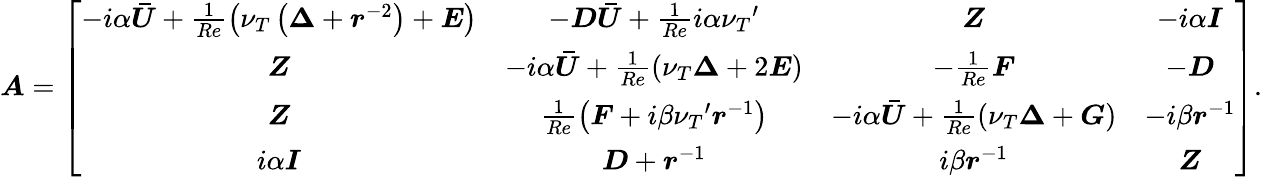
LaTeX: \boldsymbol{A}=\left[\begin{array}{cccc}{-i\alpha\boldsymbol{\bar{U}}+\frac{1}{Re}{\left(\nu_{T}\left(\boldsymbol{\Delta}+\boldsymbol{r}^{-2}\right)+\boldsymbol{E}\right)}}&{-\boldsymbol{D}\boldsymbol{\bar{U}}+\frac{1}{Re}{i\alpha{\nu_{T}}^{\prime}}}&{\boldsymbol{Z}}&{-i\alpha\boldsymbol{I}}\\ {\boldsymbol{Z}}&{-i\alpha\boldsymbol{\bar{U}}+\frac{1}{Re}{\left({\nu_{T}\boldsymbol{\Delta}}+{2\boldsymbol{E}}\right)}}&{-{\frac{1}{Re}\boldsymbol{F}}}&{-\boldsymbol{D}}\\ {\boldsymbol{Z}}&{\frac{1}{Re}{\left(\boldsymbol{F}+{i\beta{\nu_{T}}^{\prime}\boldsymbol{r}^{-1}}\right)}}&{-i\alpha\boldsymbol{\bar{U}}+\frac{1}{Re}\left({\nu_{T}\boldsymbol{\Delta}}+\boldsymbol{G}\right)}&{-i\beta\boldsymbol{r}^{-1}}\\ {i\alpha\boldsymbol{I}}&{\boldsymbol{D}+\boldsymbol{r}^{-1}}&{i\beta\boldsymbol{r}^{-1}}&{\boldsymbol{Z}}\end{array}\right]\mathrm{.}